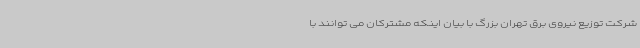
شرکت توزیع نیروی برق تهران بزرگ با بیان اینکه مشترکان می توانند با